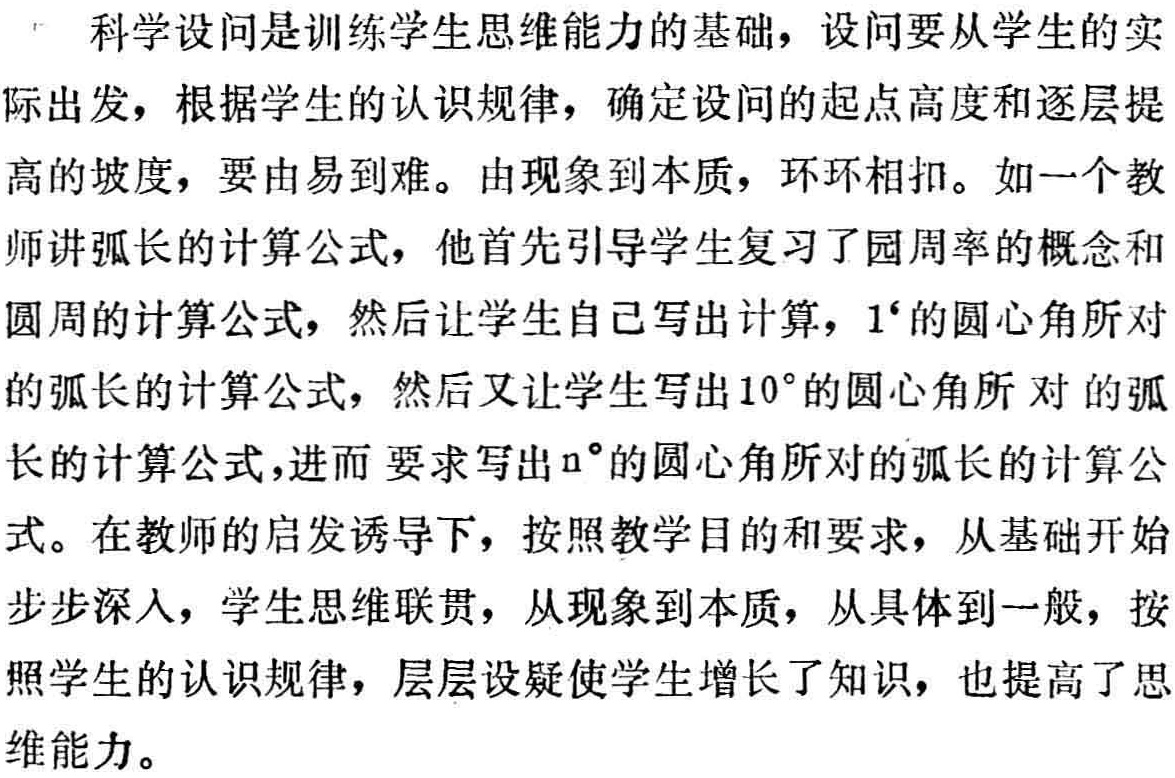
科学设问是训练学生思维能力的基础，设问要从学生的实际出发，根据学生的认识规律，确定设问的起点高度和逐层提高的坡度，要由易到难。由现象到本质，环环相扣。如一个教师讲弧长的计算公式，他首先引导学生复习了园周率的概念和圆周的计算公式，然后让学生自己写出计算，\(1^{\circ}\)的圆心角所对的弧长的计算公式，然后又让学生写出\(10^{\circ}\)的圆心角所对的弧长的计算公式，进而要求写出\(n^{\circ}\)的圆心角所对的弧长的计算公式。在教师的启发诱导下，按照教学目的和要求，从基础开始步步深入，学生思维联贯，从现象到本质，从具体到一般，按照学生的认识规律，层层设疑使学生增长了知识，也提高了思维能力。